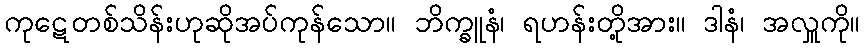
ကုဋေတစ်သိန်းဟုဆိုအပ်ကုန်သော။ ဘိက္ခူနံ၊ ရဟန်းတို့အား။ ဒါနံ၊ အလှူကို။